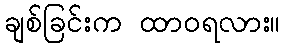
ချစ်ခြင်းက ထာဝရလား။